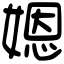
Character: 𡟯